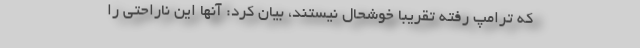
که ترامپ رفته تقریبا خوشحال نیستند، بیان کرد: آنها این ناراحتی را